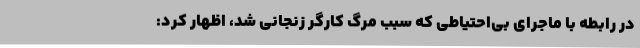
در رابطه با ماجرای بی‌احتیاطی که سبب مرگ کارگر زنجانی شد، اظهار کرد: